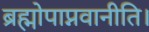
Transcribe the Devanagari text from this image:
ब्रह्मोपाप्नवानीति।